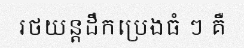
រថយន្តដឹកប្រេងធំ ៗ គឺ